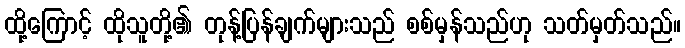
ထို့ကြောင့် ထိုသူတို့၏ တုန့်ပြန်ချက်များသည် စစ်မှန်သည်ဟု သတ်မှတ်သည်။